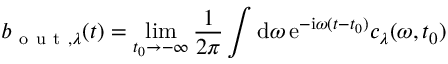
b _ { \mathrm { ~ o ~ u ~ t ~ } , \lambda } ( t ) = \operatorname* { l i m } _ { t _ { 0 } \to - \infty } \frac { 1 } { 2 \pi } \int \mathrm { d } { \omega } \, \mathrm { e } ^ { - \mathrm { i } \omega ( t - t _ { 0 } ) } c _ { \lambda } ( \omega , t _ { 0 } )